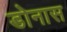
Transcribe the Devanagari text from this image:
डोनास